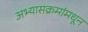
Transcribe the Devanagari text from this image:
अभ्यासक्रमांमधून